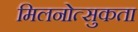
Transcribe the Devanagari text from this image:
मिलनोत्सुकता